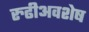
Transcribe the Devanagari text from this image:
रुढीअवशेष